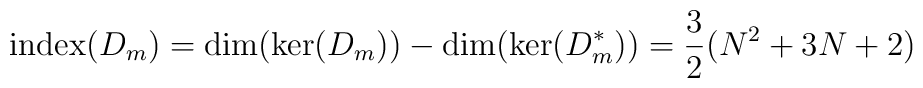
\mathrm{index}(D_m)=\mathrm{dim}(\mathrm{ker}(D_m))-\mathrm{dim}(\mathrm{ker}(D_m^*))=\frac{3}{2}(N^2+3 N +2)